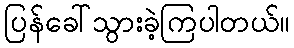
ပြန်ခေါ်သွားခဲ့ကြပါတယ်။